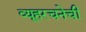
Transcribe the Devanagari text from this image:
व्यूहरचनेची